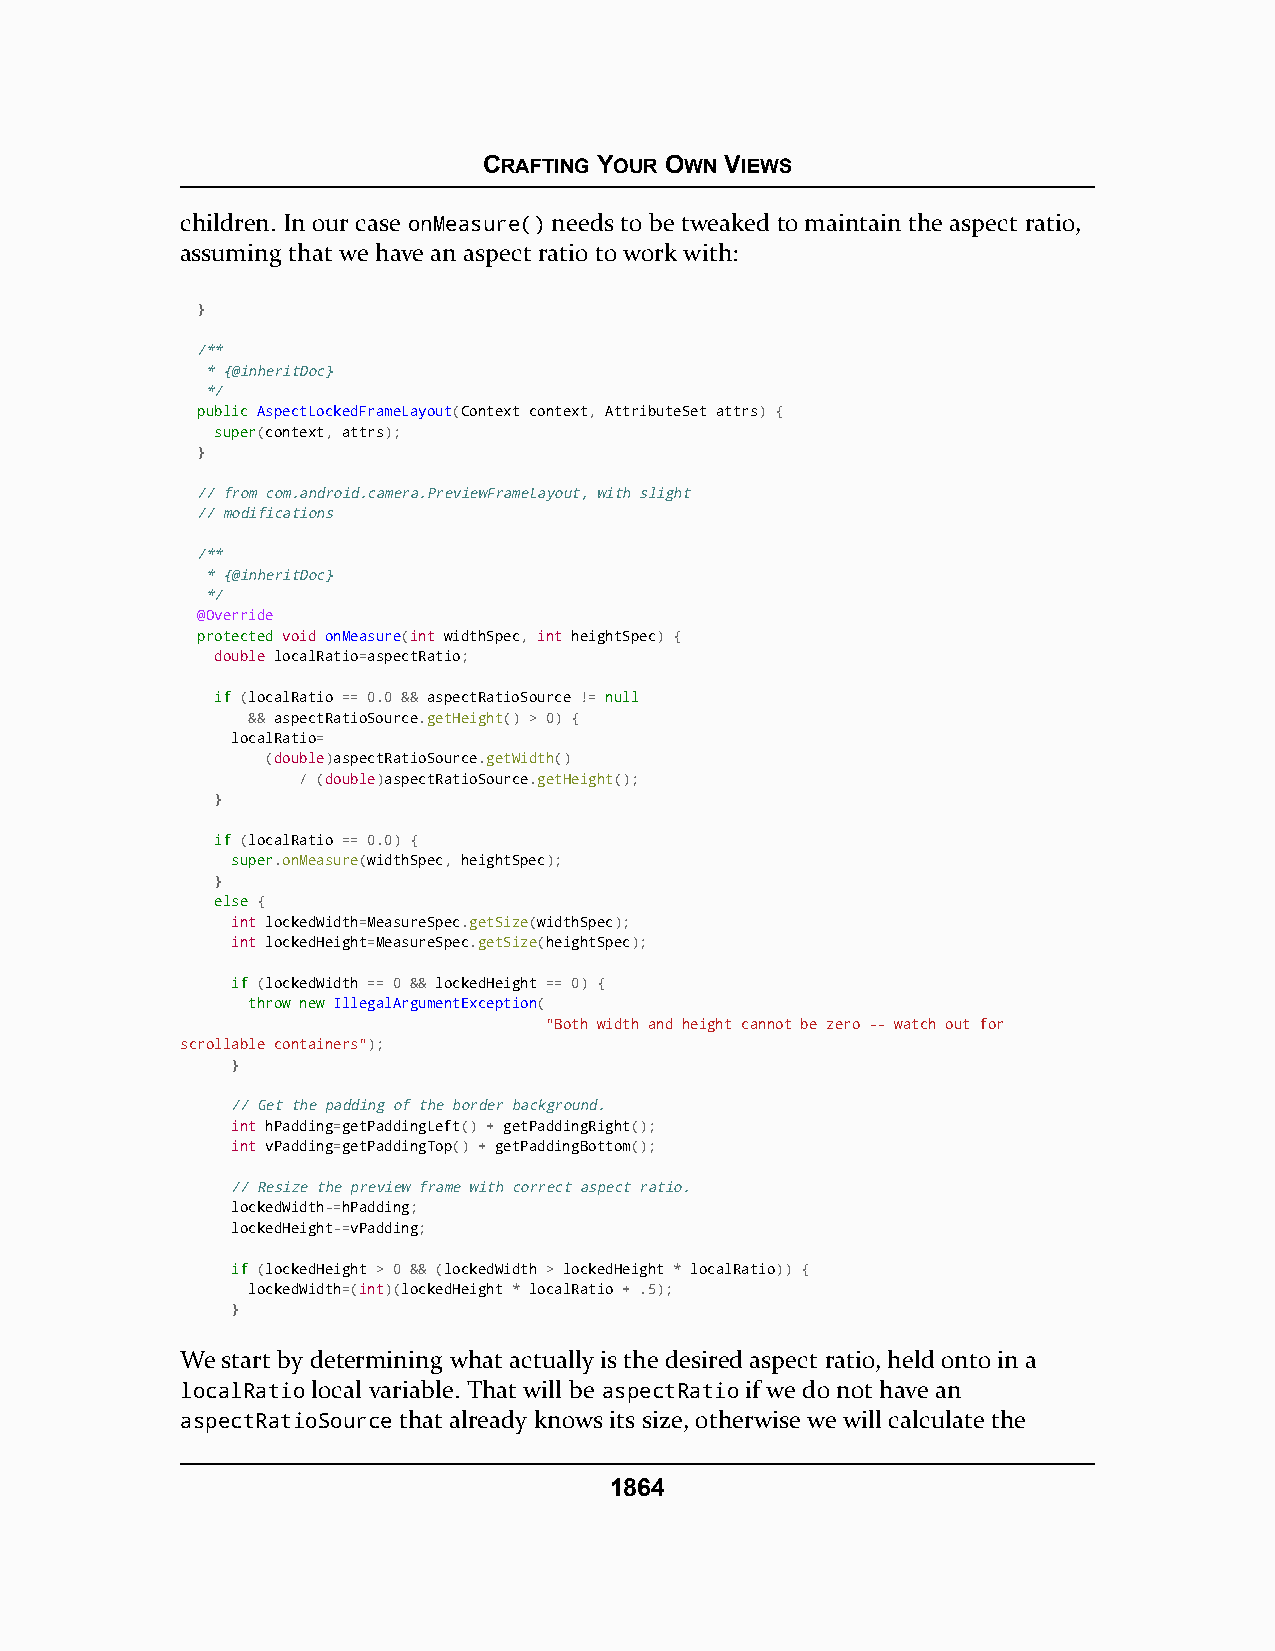
CRAFTING YOUR OWN VIEWS
 children. In our case onMeasure() needs to be tweaked to maintain the aspect ratio,
 assuming that we have an aspect ratio to work with:
 }
 /**
 * {@inheritDoc}
 */
 ppuubblliicc AspectLockedFrameLayout(Context context, AttributeSet attrs) {
 ssuuppeerr(context, attrs);
 }
 // from com.android.camera.PreviewFrameLayout, with slight
 // modifications
 /**
 * {@inheritDoc}
 */
 @Override
 pprrootteecctteedd void onMeasure(int widthSpec, int heightSpec) {
 double localRatio=aspectRatio;
 iiff (localRatio == 0.0 && aspectRatioSource != nnuullll
 && aspectRatioSource.getHeight() > 0) {
 localRatio=
 (double)aspectRatioSource.getWidth()
 / (double)aspectRatioSource.getHeight();
 }
 iiff (localRatio == 0.0) {
 ssuuppeerr.onMeasure(widthSpec, heightSpec);
 }
 eellssee {
 int lockedWidth=MeasureSpec.getSize(widthSpec);
 int lockedHeight=MeasureSpec.getSize(heightSpec);
 iiff (lockedWidth == 0 && lockedHeight == 0) {
 tthhrrooww nneeww IllegalArgumentException(
 "Both width and height cannot be zero -- watch out for
 scrollable containers");
 }
 // Get the padding of the border background.
 int hPadding=getPaddingLeft() + getPaddingRight();
 int vPadding=getPaddingTop() + getPaddingBottom();
 // Resize the preview frame with correct aspect ratio.
 lockedWidth-=hPadding;
 lockedHeight-=vPadding;
 iiff (lockedHeight > 0 && (lockedWidth > lockedHeight * localRatio)) {
 lockedWidth=(int)(lockedHeight * localRatio + .5);
 }
 We start by determining what actually is the desired aspect ratio, held onto in a
 localRatio local variable. That will be aspectRatio if we do not have an
 aspectRatioSource that already knows its size, otherwise we will calculate the
 1864